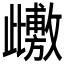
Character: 𭭺